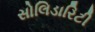
સોલિડારિટી